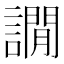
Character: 譋